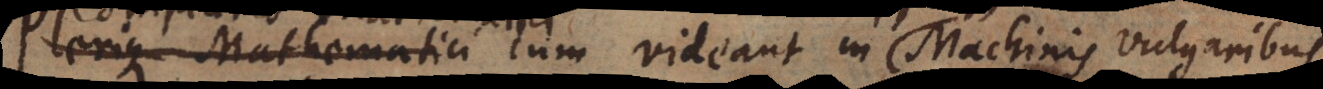
Complures Mathematici cum videant in machinis vulgaribus